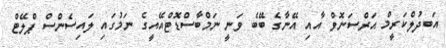
އަބދުލްކަރީމް އަރްސަނޮވް އާއި އޭނާގެ ބޭބެ ވަނީ ނަމްބާސްޑޮޓްއޭއީގެ ނަމުގައި ލައިސެންސް ޕްލޭޓް